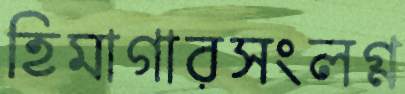
হিমাগারসংলগ্ন